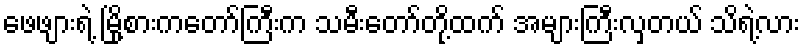
ဖေဖျားရဲ့ မြို့စားကတော်ကြီးက သမီးတော်တို့ထက် အများကြီးလှတယ် သိရဲ့လား